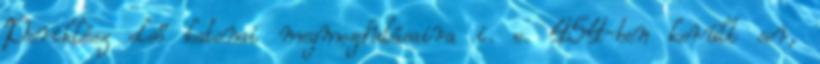
Periklész első katonai megmozdulásaira i. e. 454-ben került sor,